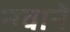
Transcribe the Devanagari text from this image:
न्ग्वाने